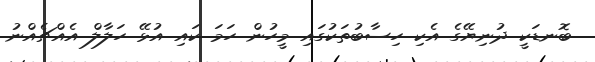
ބޮނޑަކީ ދުނިޔޭގެ އެކި ހިސާބުތަކުގައި މީހުން ހަމަ ކައި އުޅޭ ހަލާލް އެއްޗެއްނު